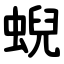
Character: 蜺